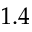
1 . 4